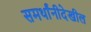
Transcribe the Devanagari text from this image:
समर्थांनीदेखील